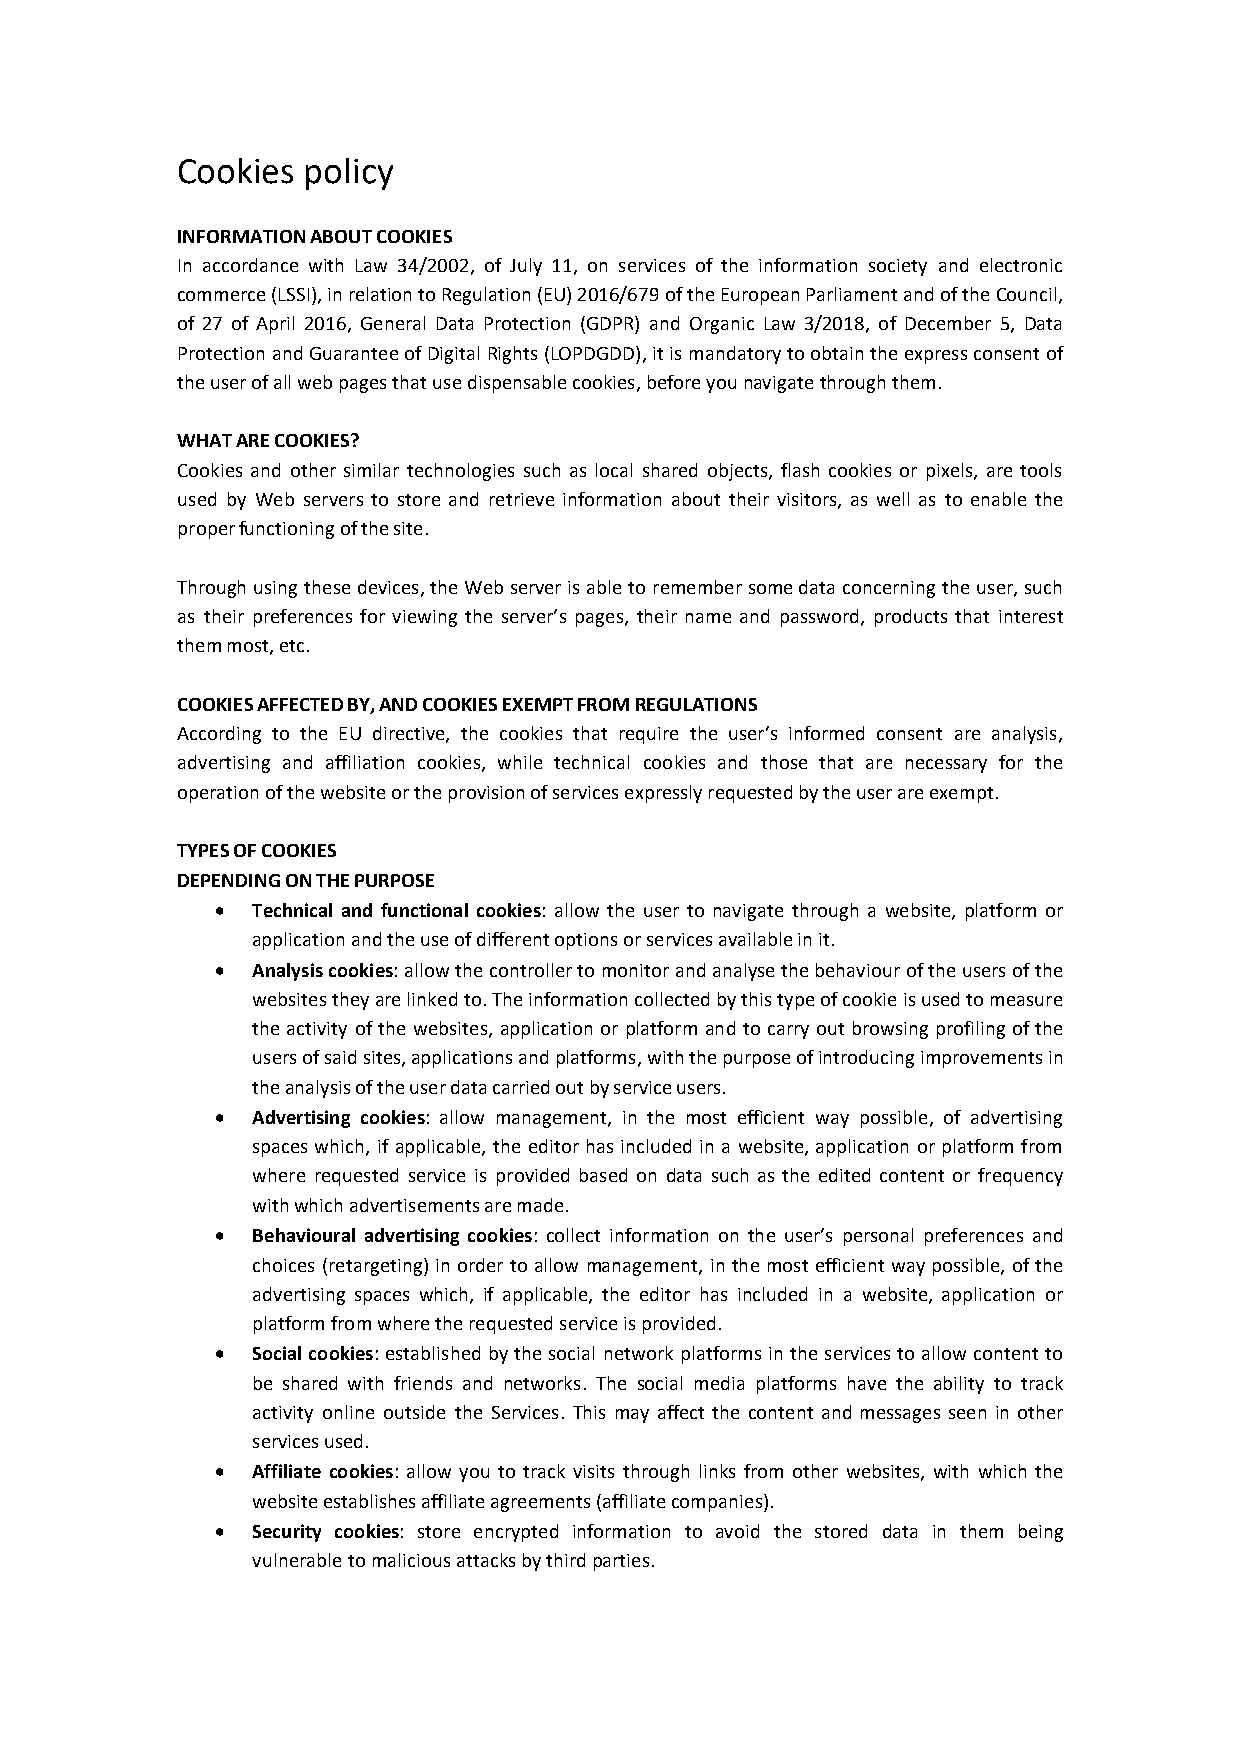
Cookies policy
 INFORMATION ABOUT COOKIES
 In accordance with Law 34/2002, of July 11, on services of the information society and electronic
 commerce (LSSI), in relation to Regulation (EU) 2016/679 of the European Parliament and of the Council,
 of 27 of April 2016, General Data Protection (GDPR) and Organic Law 3/2018, of December 5, Data
 Protection and Guarantee of Digital Rights (LOPDGDD), it is mandatory to obtain the express consent of
 the user of all web pages that use dispensable cookies, before you navigate through them.
 WHAT ARE COOKIES?
 Cookies and other similar technologies such as local shared objects, flash cookies or pixels, are tools
 used by Web servers to store and retrieve information about their visitors, as well as to enable the
 proper functioning of the site.
 Through using these devices, the Web server is able to remember some data concerning the user, such
 as their preferences for viewing the server’s pages, their name and password, products that interest
 them most, etc.
 COOKIES AFFECTED BY, AND COOKIES EXEMPT FROM REGULATIONS
 According to the EU directive, the cookies that require the user’s informed consent are analysis,
 advertising and affiliation cookies, while technical cookies and those that are necessary for the
 operation of the website or the provision of services expressly requested by the user are exempt.
 TYPES OF COOKIES
 DEPENDING ON THE PURPOSE
 •  Technical and functional cookies: allow the user to navigate through a website, platform or
 application and the use of different options or services available in it.
 •  Analysis cookies: allow the controller to monitor and analyse the behaviour of the users of the
 websites they are linked to. The information collected by this type of cookie is used to measure
 the activity of the websites, application or platform and to carry out browsing profiling of the
 users of said sites, applications and platforms, with the purpose of introducing improvements in
 the analysis of the user data carried out by service users.
 •  Advertising cookies: allow management, in the most efficient way possible, of advertising
 spaces which, if applicable, the editor has included in a website, application or platform from
 where requested service is provided based on data such as the edited content or frequency
 with which advertisements are made.
 •  Behavioural advertising cookies: collect information on the user’s personal preferences and
 choices (retargeting) in order to allow management, in the most efficient way possible, of the
 advertising spaces which, if applicable, the editor has included in a website, application or
 platform from where the requested service is provided.
 •  Social cookies: established by the social network platforms in the services to allow content to
 be shared with friends and networks. The social media platforms have the ability to track
 activity online outside the Services. This may affect the content and messages seen in other
 services used.
 •  Affiliate cookies: allow you to track visits through links from other websites, with which the
 website establishes affiliate agreements (affiliate companies).
 •  Security cookies: store encrypted information to avoid the stored data in them being
 vulnerable to malicious attacks by third parties.